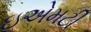
ઇએમટી